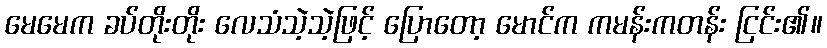
မေမေက ခပ်တိုးတိုး လေသံသဲ့သဲ့ဖြင့် ပြောတော့ မောင်က ကမန်းကတန်း ငြင်း၏။